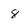
Character: 8